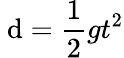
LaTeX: \ \mathrm{d}={\frac{{1}}{{2}}}gt^{2}